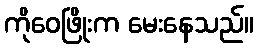
ကိုဝေဖြိုးက မေးနေသည်။